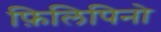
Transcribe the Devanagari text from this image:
फ़िलिपिनो